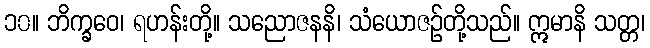
၁၀။ ဘိက္ခဝေ၊ ရဟန်းတို့။ သညောဇနနိ၊ သံယောဇဉ်တို့သည်။ ဣမာနိ သတ္တ၊